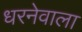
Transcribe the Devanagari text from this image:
धरनेवाला